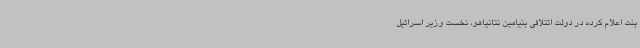
بنت اعلام کرده در دولت ائتلافی بنیامین نتانیاهو، نخست وزیر اسرائیل